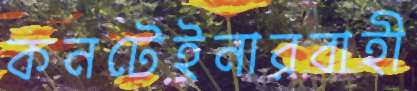
কনটেইনারবাহী